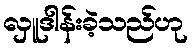
လှူဒါန်းခဲ့သည်ဟု